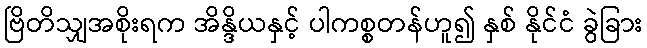
ဗြိတိသျှအစိုးရက အိန္ဒိယနှင့် ပါကစ္စတန်ဟူ၍ နှစ် နိုင်ငံ ခွဲခြား